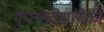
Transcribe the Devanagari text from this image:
गुप्तसंदेशांपैकी